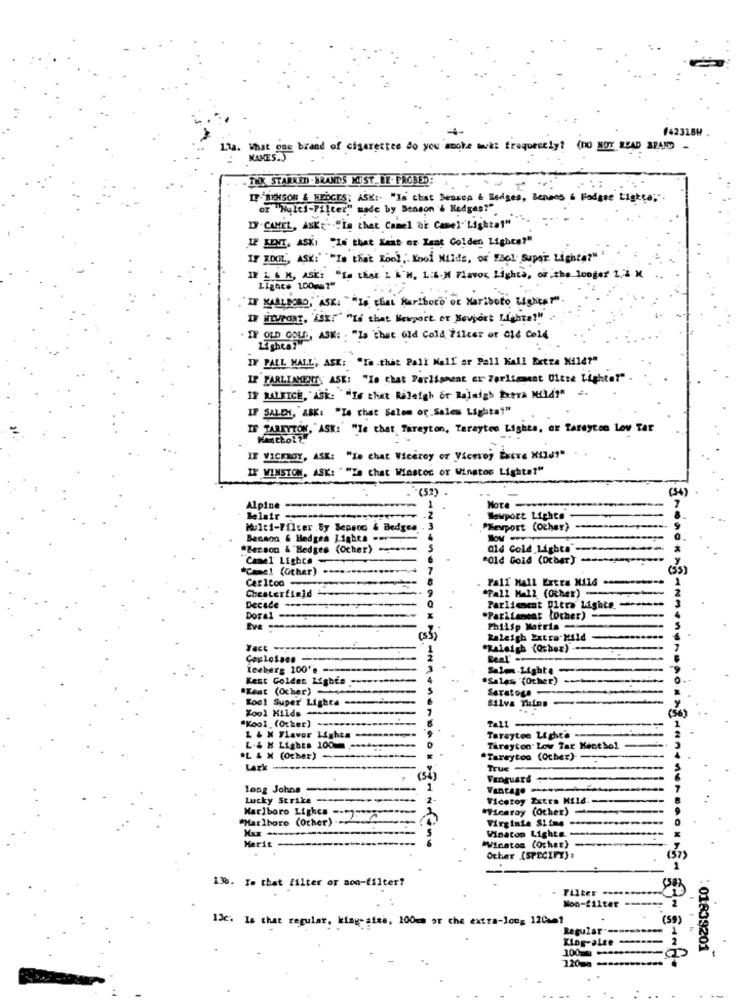
#42318W .
Lla. What one brand of cigarettes do you smoke mevki frequently? (no NOT READ SPAND
MAKES.
- TOOK STARRED . BRANDS MUST BE. PROBED
IT BENSON & FIELDCES: ASK :- "Is chat Benson & Badges, Benans & Fodgre Lights".
or "Wyles-Filter," made by Benson & Hedges?"
IF CAMEL, ASK "La that Camel ar Camel"Lightat"
12 KENI. ASK: "Le that Weit or Rent Golden Lights?"
IF KOOL, ASK:' ""Ie that Kool, Kool Nilde, of "sol Super Lighta?" "
IN L & K, ASK: "[. that L I'M, Lib-N Flavor Lighta, or the longer 1. 2 M
Lights 100 ==? "
IN MARLBORO,"ASK: ""Le chat Marlboro or Mariboto Lights"
IN DUPONT, "SE" "If that Newport or Noupost Lighte!"
IF OLD GOUD, ASK: . "Is that Old Cold Žilcet or ale Cold
IY PALL MALL, ASK: "Io.that Pall Mall ar Pall Mall Extra Mile?"
IP FARLIAGENTS ASK: "Is chat Parliament er Farlignest Ultze Lighter" .
IF JALEICH, ASK: ""If that Raleigh or Raleigh Preva Mild"" .
IF SALEN, ASK: "Le that Salem of Sales Lights""
IF TARETTON, ASK: "le thet Tareyton, Taraytes Lights, or Tareycon Lov Tar
Kancho !!
IF VICEROY, ASK: "In chat Viceroy or Viceroy Excre XIld""
IF WINSTON, ASK: " "Ze chat Winstor or Winstos Lights?"
."(52)
Alpine
HoTe -
Belair -
Newport Lights
Multi-Filter .by Benson & Bedgen
Mevport (other)
Becaon & Hedges Lights
- -
*Benson & Hedges (Ocher) ------
ald Cold Lights
"Canel Lights -
"Old Gold (DEber)
*Came! (Other) .--.-
Carlton-
- Pall Mall Extra Nils
Chesterfield -------
"Fall Mal2 (Other)-
Decade ---
Parlicaent Ultra Lighte.
Doral ---
"Parliament [ocher) -
Philip Morris
(33)
Raleigh Extra-Mild
Yact ----------...
"Raleigh (Qcher) ...
Beal"
Iceberg 100's -----
Salen-Lighta
Kest Golden Lights
.Sales "(Other) ------
"Rest (Ocher)
Saratoga-
---
Soo! Super Lighta =
--
Zool Hilds-
Silva Thins
*Kool (Other) ----.
L & K Flavor Lights
Tareytoe Light'e ---
L.& H Lights 100mm -****
Tareyton Low Tar Kenchol
L & N (Ocher) --
*Tareytoo (Other)
Lark -----
True
Vanguard
long Johns ------
Vantage
Lucky Strike ---
Viceroy Zxtra Kild .-
"Hearay (Other)
"Marlboro (Other)
Marlboro Lights -- 7:377
Virginia Siine
Vinaton Lights
Merit -
"Winston (Other)
Other (SPECIFY) :
13%. Io that filter or aon-filter?
Filter .....
Mon-filter
13c. Is that regular. king-size, 100mm or the extra-long 120am1
(59)
Regular"
100
-
: 01839201
120ma